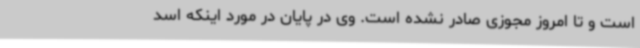
است و تا امروز مجوزی صادر نشده است. وی در پایان در مورد اینکه اسد